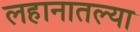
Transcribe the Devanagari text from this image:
लहानातल्या